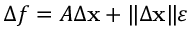
\Delta f = A \Delta \mathbf { x } + \| \Delta \mathbf { x } \| { \boldsymbol { \varepsilon } }